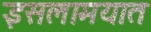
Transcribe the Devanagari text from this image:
इसलामयात